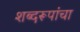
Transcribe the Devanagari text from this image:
शब्दरूपांचा